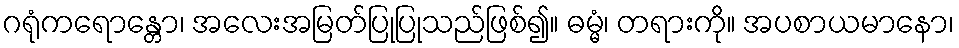
ဂရုံကရောန္တော၊ အလေးအမြတ်ပြုပြုသည်ဖြစ်၍။ ဓမ္မံ၊ တရားကို။ အပစာယမာနော၊